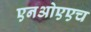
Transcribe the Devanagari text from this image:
एनओएएच